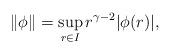
LaTeX: \begin{align*}\|\phi\|= \sup_{r\in I} r^{\gamma-2} |\phi(r)| ,\end{align*}